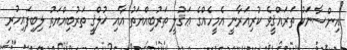
އިންސާނަކު ތަރައްޤީވެ ކުރިއަރާނީ އެމީހެއްގެ ޢަޤުލީ ތަރުބިއްޔަތު އާއި ޚުލްޤީ ތަރުބިއްޔަތު ލިބިފައިހުރި